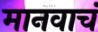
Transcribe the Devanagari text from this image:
मानवाचं